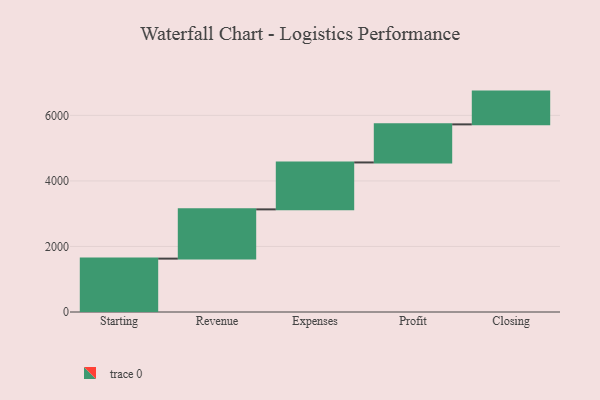
{"axis": {"x": "Step", "y": "Value"}, "legend": [""], "data": [{"x": "Starting", "y": 1629.0, "type": ""}, {"x": "Revenue", "y": 1503.0, "type": ""}, {"x": "Expenses", "y": 1432.0, "type": ""}, {"x": "Profit", "y": 1162.0, "type": ""}, {"x": "Closing", "y": 1000, "type": ""}]}